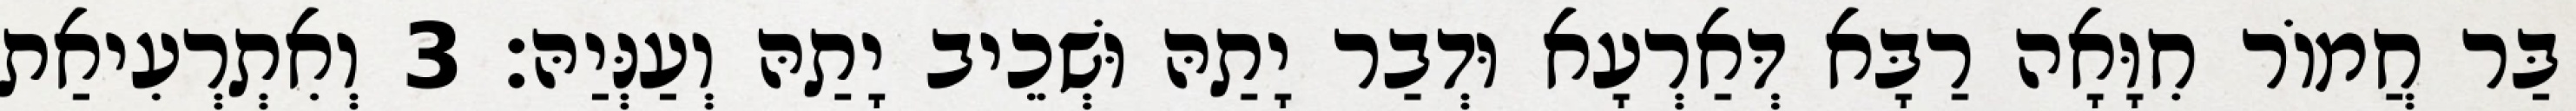
בַּר חֲמוֹר חִוָּאָה רַבָּא דְּאַרְעָא וּדְבַר יָתַהּ וּשְׁכֵיב יָתַהּ וְעַנְּיַהּ׃ 3 וְאִתְרְעִיאַת